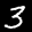
Label: 3